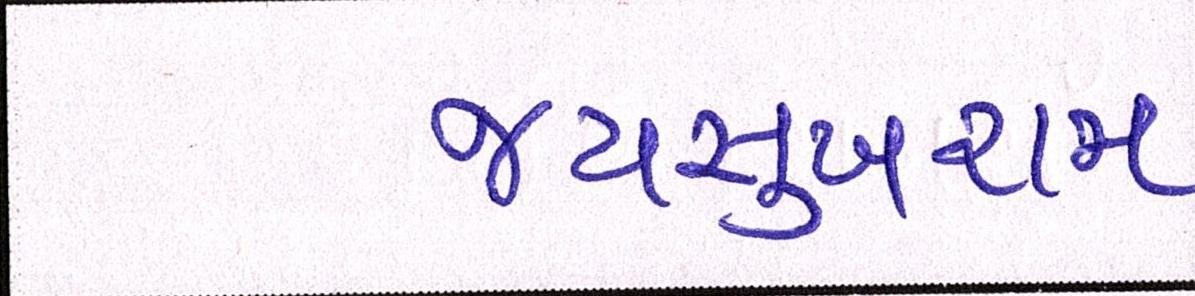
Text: જયસુખરામ